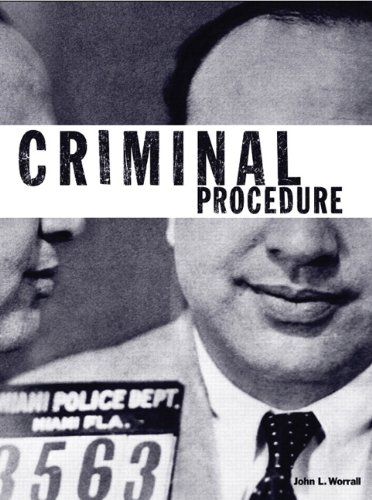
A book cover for Criminal Procedure (The Justice Series); John L. Worrall; Law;